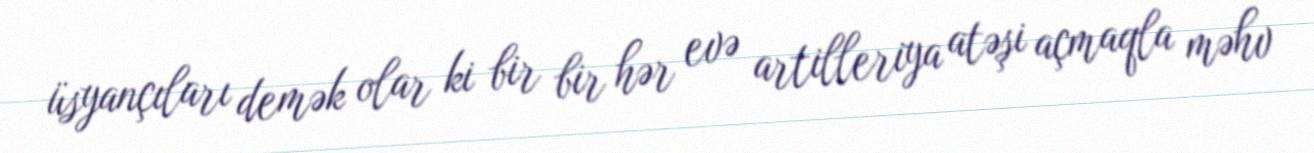
üsyançıları demək olar ki bir bir hər evə artilleriya atəşi açmaqla məhv